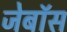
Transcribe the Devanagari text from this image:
जेबॉस